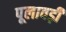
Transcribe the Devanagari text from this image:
पूलावड़ी